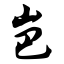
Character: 岜